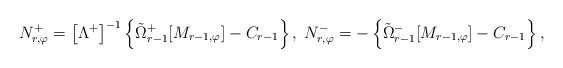
\begin{align*}N_{r,\varphi}^{+} = \left[\Lambda^{+}\right]^{-1} \left\{\tilde{\Omega}_{r - 1}^{+}[M_{r - 1,\varphi}] - C_{r - 1}\right\},\;N_{r,\varphi}^{-} = - \left\{\tilde{\Omega}_{r - 1}^{-}[M_{r - 1,\varphi}] - C_{r - 1}\right\},\end{align*}